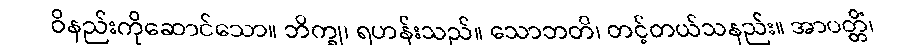
ဝိနည်းကိုဆောင်သော။ ဘိက္ခု၊ ရဟန်းသည်။ သောဘတိ၊ တင့်တယ်သနည်း။ အာပတ္တိံ၊